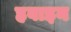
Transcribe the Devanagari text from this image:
हवाइन